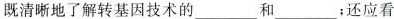
既清晰地了解转基因技术的___和___；还应看